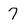
Character: 7